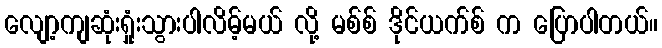
လျော့ကျဆုံးရှုံးသွားပါလိမ့်မယ် လို့ မစ်စ် ဒိုင်ယက်စ် က ပြောပါတယ်။